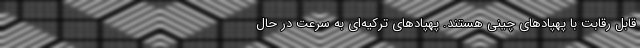
قابل رقابت با پهپادهای چینی هستند. پهپادهای ترکیه‌ای به سرعت در حال